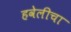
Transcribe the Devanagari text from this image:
हवेलीचा